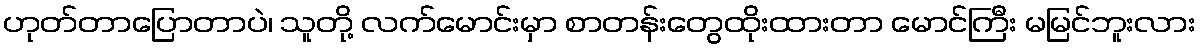
ဟုတ်တာပြောတာပဲ၊ သူတို့ လက်မောင်းမှာ စာတန်းတွေထိုးထားတာ မောင်ကြီး မမြင်ဘူးလား